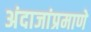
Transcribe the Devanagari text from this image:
अंदाजांप्रमाणे